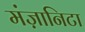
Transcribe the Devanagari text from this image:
मंज़ानिटा